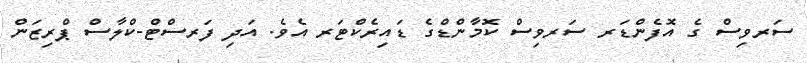
ސަރވިސް ގެ އޮފެންޑަރ ސަރވިސް ކޮމާންޑްގެ ޑައިރެކްޓަރ އެވެ. އަދި ފަރސްޓް-ކްލާސް ޕްރިޒަން